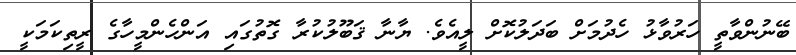
ބޭނުންވާތީ ހަރުވާޅު ހެދުމަށް ބަދަލުކޮށް ލީއެވެ. ޔާނާ ޤަބޫލުކުރާ ގޮތުގައި އަންހެންމީހާގެ ރީތިކަމަކީ